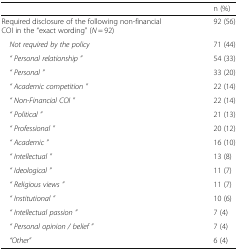
|  | n (%) |
 | --- | --- |
 | Required disclosure of the following non-financial COI in the “exact wording” (N = 92) | 92 (56) |
 | Not required by the policy | 71 (44) |
 | “ Personal relationship ” | 54 (33) |
 | “ Personal ” | 33 (20) |
 | “ Academic competition ” | 22 (14) |
 | “ Non-Financial COI ” | 22 (14) |
 | “ Political ” | 21 (13) |
 | “ Professional ” | 20 (12) |
 | “ Academic ” | 16 (10) |
 | “ Intellectual ” | 13 (8) |
 | “ Ideological ” | 11 (7) |
 | “ Religious views ” | 11 (7) |
 | “ Institutional ” | 10 (6) |
 | “ Intellectual passion ” | 7 (4) |
 | “ Personal opinion / belief ” | 7 (4) |
 | “Other” | 6 (4) |